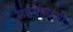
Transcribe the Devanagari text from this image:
सहयात्राओं